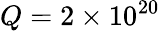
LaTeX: Q=2\times 10^{20}